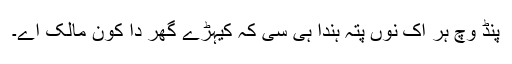
پنڈ وچ ہر اک نوں پتہ ہُندا ہی سی کہ کیہڑے گھر دا کون مالک اے۔